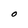
Character: O